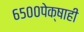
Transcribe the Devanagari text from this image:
६५००पेक्षाही